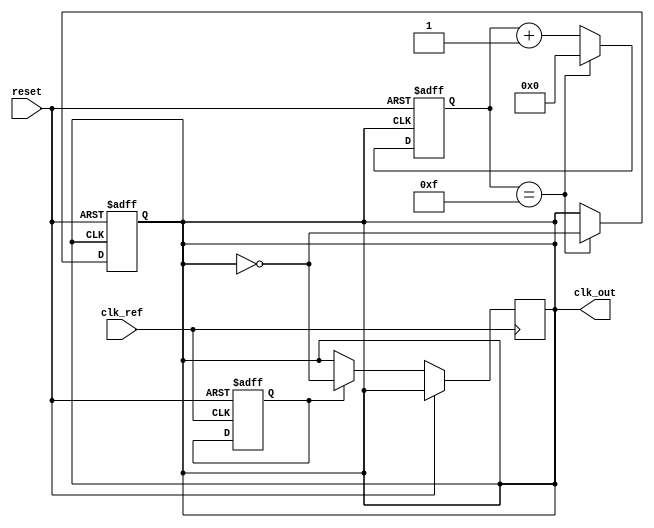
module frac_n_pll (
    input wire clk_ref,            // Reference clock input
    input wire reset,              // Reset signal
    output reg clk_out             // Output frequency
);

    // Parameters for VCO
    parameter VCO_MAX_FREQ = 100;  // Maximum VCO frequency
    parameter VCO_MIN_FREQ = 10;    // Minimum VCO frequency
    parameter DIVISION_FACTOR = 16; // Division factor for the frequency divider

    // Phase Detector
    reg phase_error;                // Phase error signal
    reg last_ref_edge;              // Last reference edge
    reg last_vco_edge;              // Last VCO edge

    always @(posedge clk_ref or posedge reset) begin
        if (reset) begin
            last_ref_edge <= 0;
            last_vco_edge <= 0;
        end else begin
            // Simple phase detector logic
            if (last_vco_edge < last_ref_edge) begin
                phase_error <= 1;  // VCO lags reference
            end else begin
                phase_error <= 0;  // VCO leads reference
            end
            last_ref_edge <= clk_ref;
        end
    end

    // Loop Filter (simple first-order filter)
    reg [7:0] control_voltage; // Control voltage for VCO

    always @(posedge clk_ref or posedge reset) begin
        if (reset) begin
            control_voltage <= 8'b0;
        end else begin
            // Simple proportional control based on phase error
            if (phase_error) begin
                control_voltage <= control_voltage + 1; // Increase voltage
            end else begin
                control_voltage <= control_voltage - 1; // Decrease voltage
            end
        end
    end

    // Voltage-Controlled Oscillator (VCO)
    reg [7:0] vco_frequency; // Current frequency of VCO
    reg vco_clk;             // Internal VCO clock signal

    always @(posedge clk_ref or posedge reset) begin
        if (reset) begin
            vco_frequency <= VCO_MIN_FREQ;
            vco_clk <= 0;
        end else begin
            // Frequency control logic based on control voltage
            if (control_voltage > 128) begin
                vco_frequency <= VCO_MAX_FREQ; // Max frequency
            end else begin
                vco_frequency <= VCO_MIN_FREQ + control_voltage[6:0]; // Range from Min to Max
            end
            
            // Generate VCO clock signal based on frequency
            if (vco_clk) begin
                // This is an example, you would implement frequency logic here
                clk_out <= ~clk_out; // Toggle output clock
            end
        end
    end

    // Frequency Divider
    reg [15:0] divider_counter; // Counter for frequency divider
    reg clk_out_divided;

    always @(posedge clk_out or posedge reset) begin
        if (reset) begin
            divider_counter <= 0;
            clk_out_divided <= 0;
        end else begin
            if (divider_counter == (DIVISION_FACTOR - 1)) begin
                clk_out_divided <= ~clk_out_divided; // Toggle output on full count
                divider_counter <= 0; // Reset counter
            end else begin
                divider_counter <= divider_counter + 1; // Count
            end
        end
    end

    assign clk_out = clk_out_divided; // Final output clock

endmodule